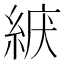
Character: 𦀫